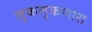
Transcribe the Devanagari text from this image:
लुकलुकणारा